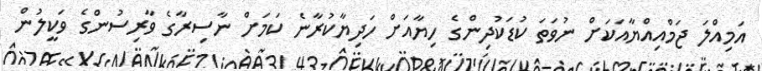
އަމިއްލަ ޖަމްއިއްޔާއަކަށް ނުވަތަ ކުޑަކުދިންގެ ހިޔާއަށް ހަދިޔާކުރާނެ ކަމަށް ނާސިރާގެ ވާރިސުންގެ ވަކީލުން